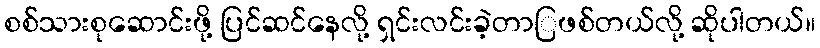
စစ်သားစုဆောင်းဖို့ ပြင်ဆင်နေလို့ ရှင်းလင်းခဲ့တာြဖစ်တယ်လို့ ဆိုပါတယ်။